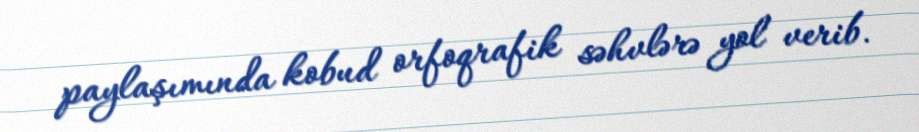
paylaşımında kobud orfoqrafik səhvlərə yol verib.